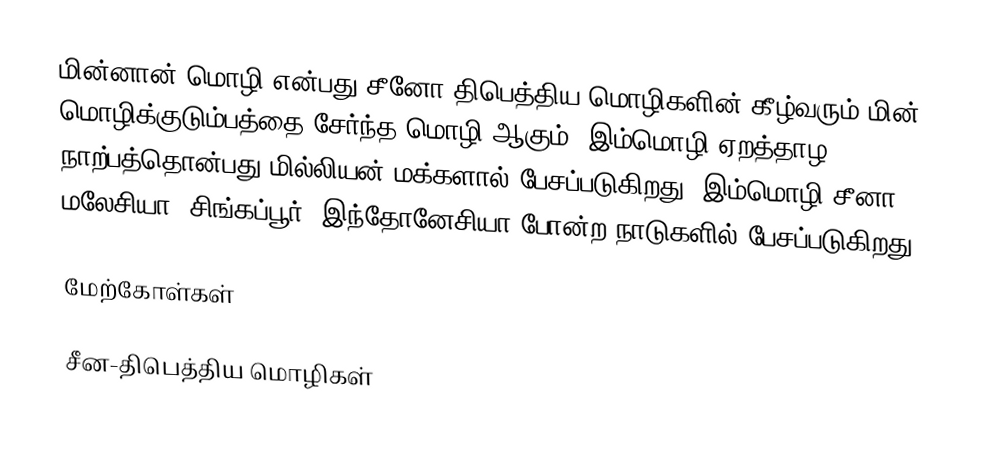
மின்னான் மொழி என்பது சீனோ திபெத்திய மொழிகளின் கீழ்வரும் மின் மொழிக்குடும்பத்தை சேர்ந்த மொழி ஆகும். இம்மொழி ஏறத்தாழ நாற்பத்தொன்பது மில்லியன் மக்களால் பேசப்படுகிறது. இம்மொழி சீனா, மலேசியா, சிங்கப்பூர், இந்தோனேசியா போன்ற நாடுகளில் பேசப்படுகிறது.

மேற்கோள்கள்

சீன-திபெத்திய மொழிகள்